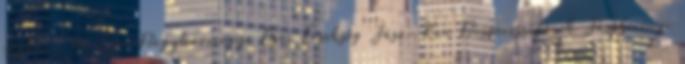
egyház: Az Egri Főegyházmegye Egri Érsekség Jász-Kun Főesperességének Jászberényi